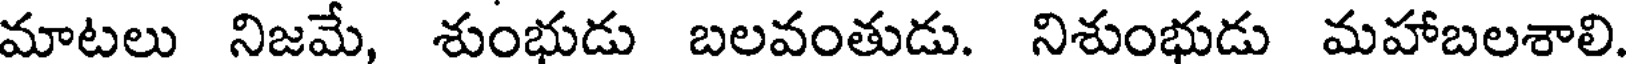
మాటలు నిజమే, శుంభుడు బలవంతుడు. నిశుంభుడు మహాబలశాలి